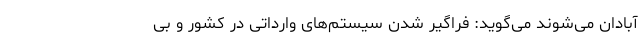
آبادان می‌شوند می‌گوید: فراگیر شدن سیستم‌های وارداتی در کشور و بی